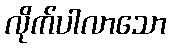
လိုက်ပါလာသော